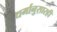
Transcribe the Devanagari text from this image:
धर्मानुसारही